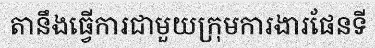
តានឹងធ្វើការជាមួយក្រុមការងារផែនទី